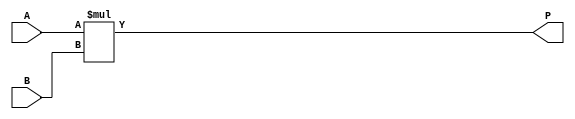
module set_top_module_duplicate (A, B, P);
	input signed [19:0] A;
	input signed [17:0] B;
	output signed [37:0] P;

		assign P   = A * B;
endmodule